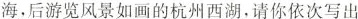
海，后游览风景如画的杭州西湖，请你依次写出